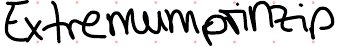
Extremumprinzip